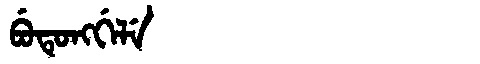
Manchu: ᠪᡠᡨᡠᠩᡤᡝᠯᡝ
Romanization: BUTUNGGELE